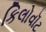
કિલોવૉટ